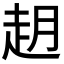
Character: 𬦈